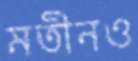
মতীনও